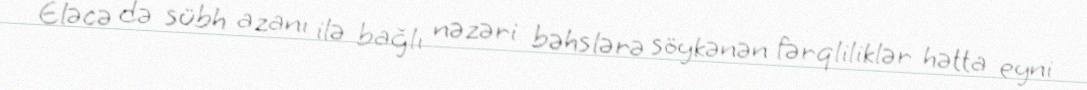
Eləcə də sübh azanı ilə bağlı nəzəri bəhslərə söykənən fərqliliklər hətta eyni